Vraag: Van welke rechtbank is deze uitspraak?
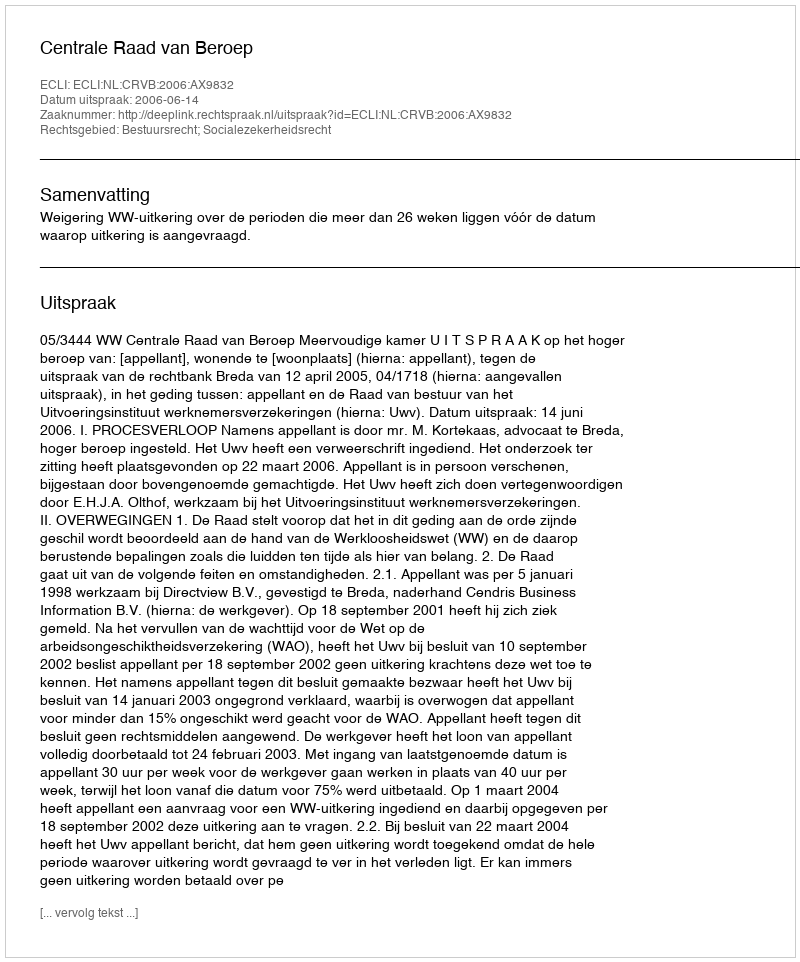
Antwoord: Centrale Raad van Beroep